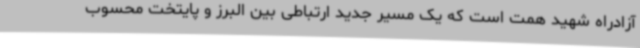
آزادراه شهید همت است که یک مسیر جدید ارتباطی بین البرز و پایتخت محسوب